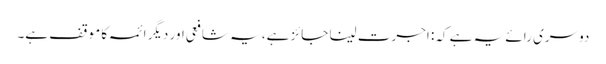
دوسری رائے یہ ہے کہ: اجرت لینا جائز ہے، یہ شافعی اور دیگر ائمہ کا موقف ہے۔